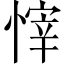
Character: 𢟓